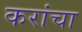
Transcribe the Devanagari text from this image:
करांचा